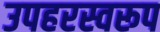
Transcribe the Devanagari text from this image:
उपहरस्वरूप